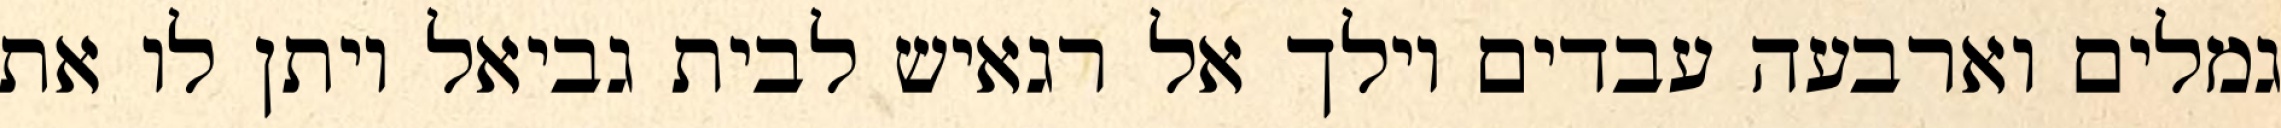
גמלים וארבעה עבדים וילך אל רגאיש לבית גביאל ויתן לו את